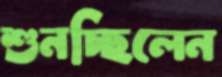
শুনচ্ছিলেন